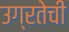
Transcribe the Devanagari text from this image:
उग्रतेची